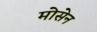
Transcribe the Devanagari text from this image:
मोसेन